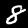
Label: 8